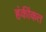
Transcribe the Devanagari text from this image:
हंकींकत